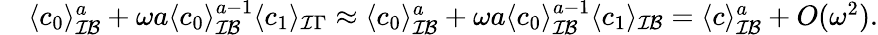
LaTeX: \begin{array}{rl}&{\langle c_{0}\rangle_{\mathcal{IB}}^{a}+\omega a\langle c_{0}\rangle_{\mathcal{IB}}^{a-1}\langle c_{1}\rangle_{\mathcal{I}\Gamma}\approx\langle c_{0}\rangle_{\mathcal{IB}}^{a}+\omega a\langle c_{0}\rangle_{\mathcal{IB}}^{a-1}\langle c_{1}\rangle_{\mathcal{IB}}=\langle c\rangle_{\mathcal{IB}}^{a}+O(\omega^{2}).}\end{array}